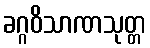
ခဂ္ဂဝိသာဏသုတ္တ